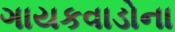
ગાયકવાડોના